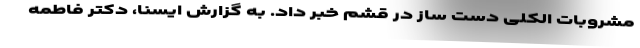
مشروبات الکلی دست ساز در قشم خبر داد. به گزارش ایسنا، دکتر فاطمه